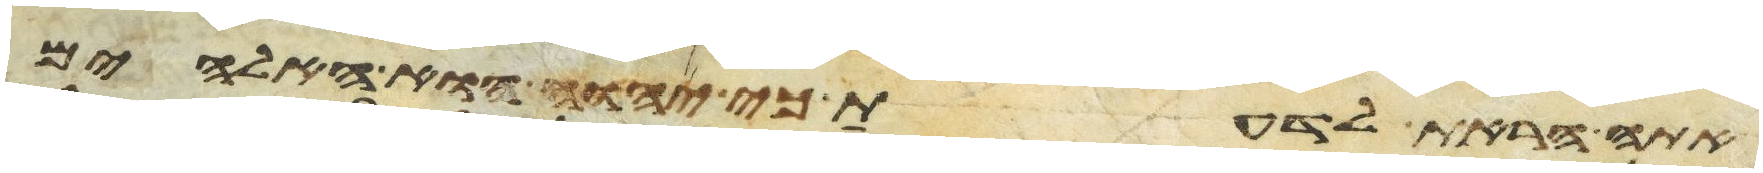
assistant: אתה הראת לדעת כי יהוה הוא האלהים